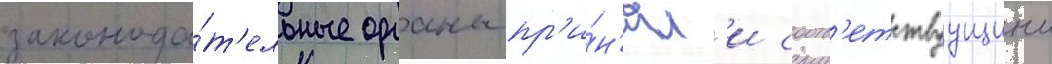
законода́т'ельные органы пр'и́н'ял'и соотв'етствуущии